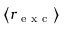
\left\langle r _ { \mathrm { ~ e ~ x ~ c ~ } } \right\rangle